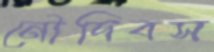
নৌদিবস